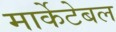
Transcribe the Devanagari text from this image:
मार्केटेबल